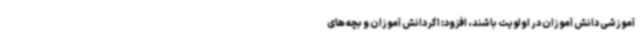
آموزشی دانش آموزان در اولویت باشند، افزود: اگر دانش آموزان و بچه های